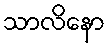
သာလိနော